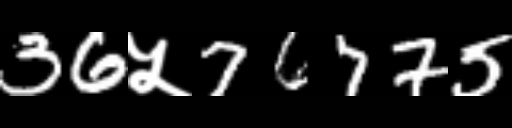
Text: 36५76775